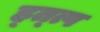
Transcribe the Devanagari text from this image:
ह्त्त्प